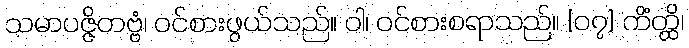
သမာပဇ္ဇိတဗ္ဗံ၊ ဝင်စားဖွယ်သည်။ ဝါ၊ ဝင်စားစရာသည်။ {၀၇} ကိံတ္ထိ၊